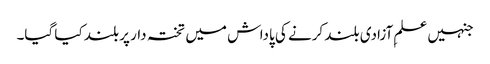
جنہیں علمِ آزادی بلند کرنے کی پاداش میں تختہ دار پر بلند کیا گیا۔